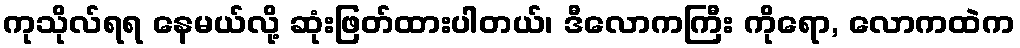
ကုသိုလ်ရရ နေမယ်လို့ ဆုံးဖြတ်ထားပါတယ်၊ ဒီလောကကြီး ကိုရော, လောကထဲက